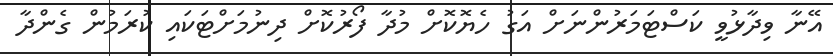
އޭނާ ވިދާޅުވީ ކަސްޓަމަރުންނަށް އަގު ހެޔޮކޮށް މުދާ ފޯރުކޮށް ދިނުމަށްޓަކައި ކުރަމުން ގެންދާ